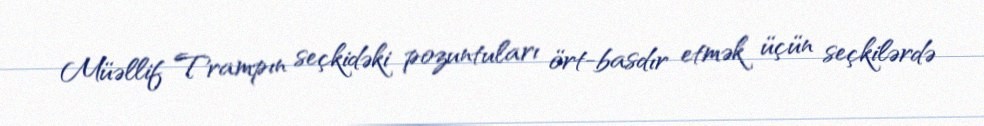
Müəllif Trampın seçkidəki pozuntuları ört-basdır etmək üçün seçkilərdə